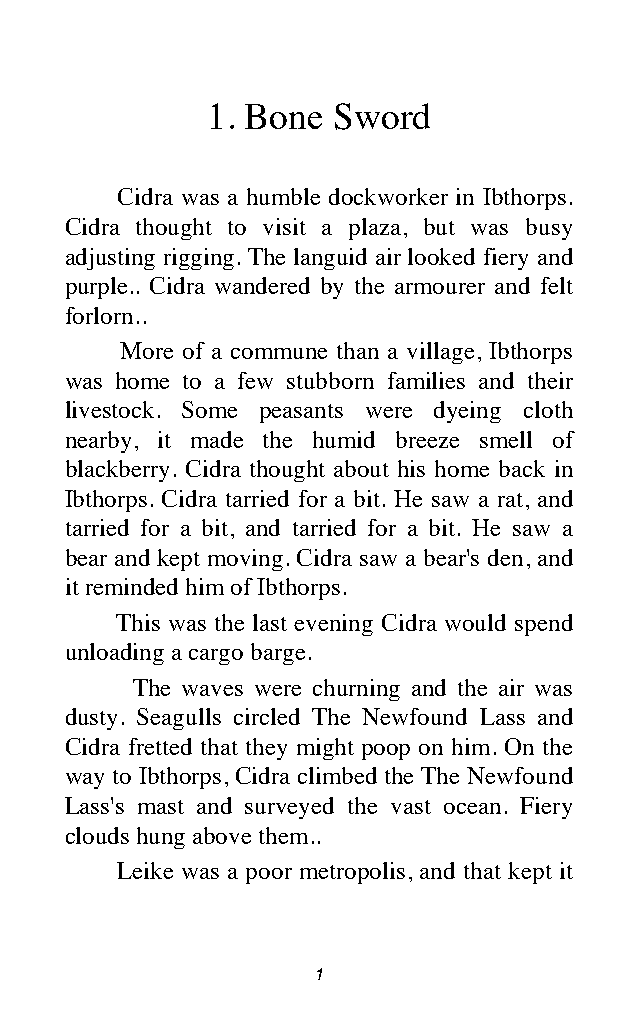
1. Bone Sword
 Cidra was a humble dockworker in Ibthorps.
 Cidra thought to visit a plaza, but was busy
 adjusting rigging. The languid air looked fiery and
 purple.. Cidra wandered by the armourer and felt
 forlorn..
 More of a commune than a village, Ibthorps
 was home to a few stubborn families and their
 livestock. Some peasants were dyeing cloth
 nearby, it made the humid breeze smell of
 blackberry. Cidra thought about his home back in
 Ibthorps. Cidra tarried for a bit. He saw a rat, and
 tarried for a bit, and tarried for a bit. He saw a
 bear and kept moving. Cidra saw a bear's den, and
 it reminded him of Ibthorps.
 This was the last evening Cidra would spend
 unloading a cargo barge.
 The waves were churning and the air was
 dusty. Seagulls circled The Newfound Lass and
 Cidra fretted that they might poop on him. On the
 way to Ibthorps, Cidra climbed the The Newfound
 Lass's mast and surveyed the vast ocean. Fiery
 clouds hung above them..
 Leike was a poor metropolis, and that kept it
 1